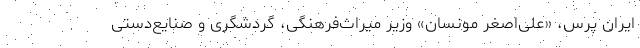
ایران پرس، «علی‌اصغر مونسان» وزیر میراث‌فرهنگی، گردشگری و صنایع‌دستی